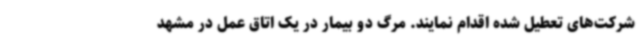
شرکت‌های تعطیل شده اقدام نمایند. مرگ دو بیمار در یک اتاق عمل در مشهد